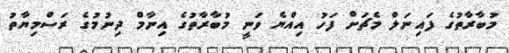
މުބާރާތުގެ ފައިނަލް މެޗަށް ފަހު އިއްޔެ ވަނީ މުބާރާތުގެ އިނާމް ދިނުމުގެ ރަސްމިޔާތު